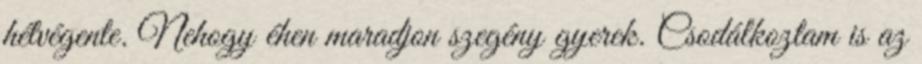
hétvégente. Nehogy éhen maradjon szegény gyerek. Csodálkoztam is az